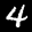
Label: 4